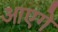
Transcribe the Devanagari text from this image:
आएगे